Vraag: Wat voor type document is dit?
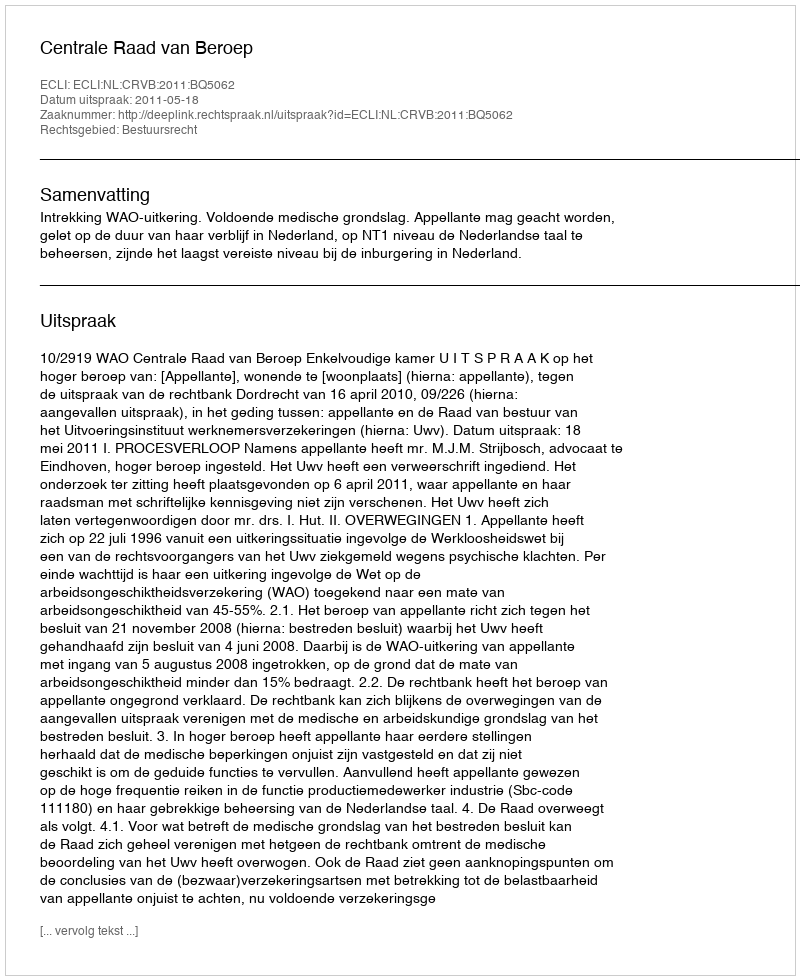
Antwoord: Uitspraak